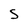
Character: 5